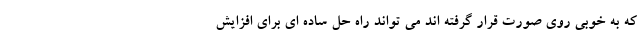
که به خوبی روی صورت قرار گرفته اند می تواند راه حل ساده ای برای افزایش